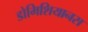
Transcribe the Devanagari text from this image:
डोमिशियानस